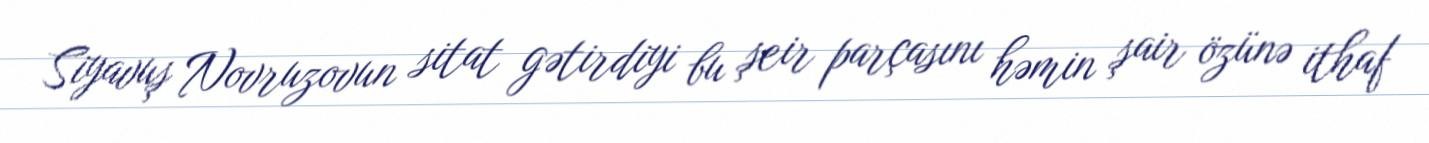
Siyavuş Novruzovun sitat gətirdiyi bu şeir parçasını həmin şair özünə ithaf